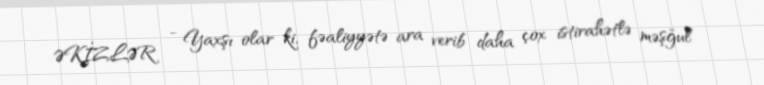
ƏKİZLƏR - Yaxşı olar ki, fəaliyyətə ara verib daha çox istirahətlə məşğul